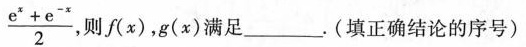
\frac{e^{x}+e^{-x}}{2}$$， 则f(x)，g(x)满足___. (填正确结论的序号)